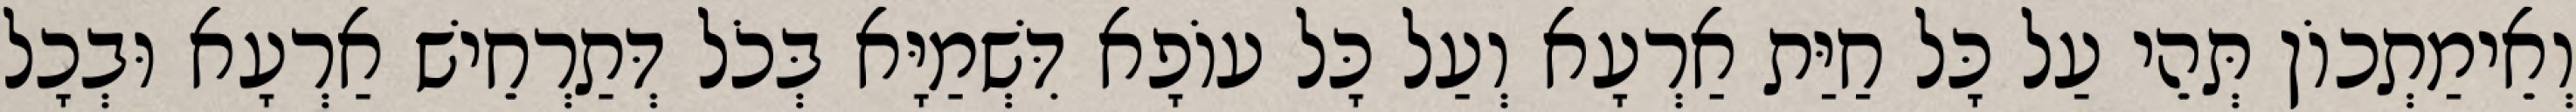
וְאֵימַתְכוֹן תְּהֵי עַל כָּל חַיַּת אַרְעָא וְעַל כָּל עוֹפָא דִּשְׁמַיָּא בְּכֹל דְּתַרְחֵישׁ אַרְעָא וּבְכָל